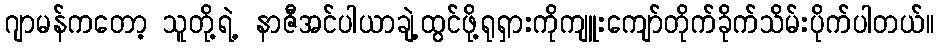
ဂျာမန်ကတော့ သူတို့ရဲ့ နာဇီအင်ပါယာချဲ့ထွင်ဖို့ရုရှားကိုကျူးကျော်တိုက်ခိုက်သိမ်းပိုက်ပါတယ်။